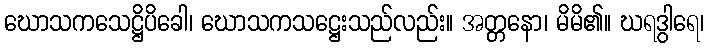
ဃောသကသေဋ္ဌိပိခေါ၊ ဃောသကသဋ္ဌေးသည်လည်း။ အတ္တနော၊ မိမိ၏။ ဃရဒွါရေ၊